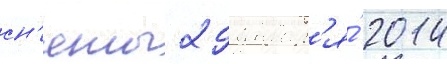
сн'яты 29 январ'я́ 2014